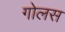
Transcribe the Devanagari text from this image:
गोलस